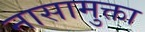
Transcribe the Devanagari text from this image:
नासामुक्ता